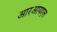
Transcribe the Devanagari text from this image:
आरआयएल